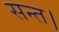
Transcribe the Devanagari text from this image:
सन्त।